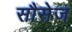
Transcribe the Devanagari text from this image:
सौसेज